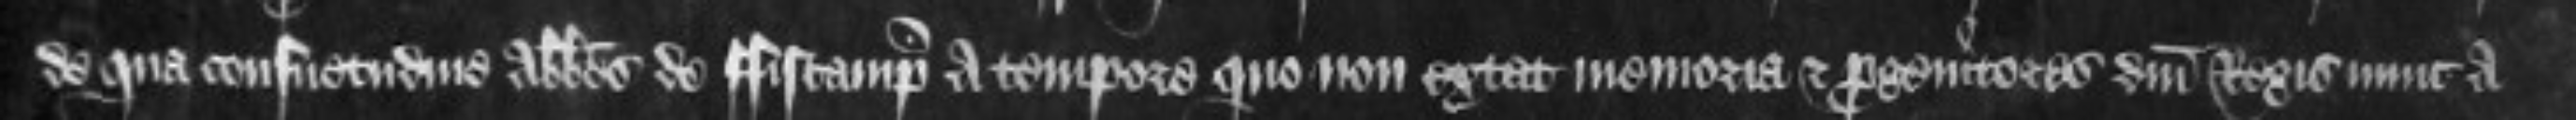
de qua consuetudine abbates de Fiscamp a tempore quo non extat memoria et progenitores domini Regis nunc a